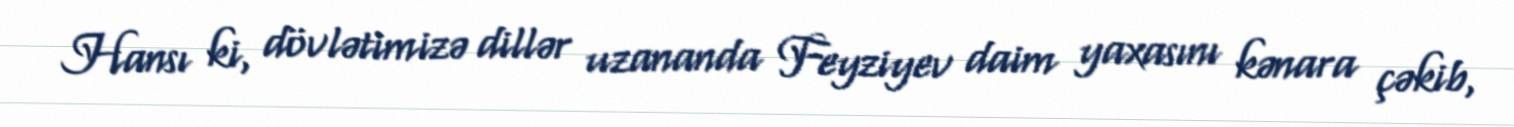
Hansı ki, dövlətimizə dillər uzananda Feyziyev daim yaxasını kənara çəkib,